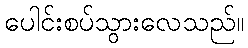
ပေါင်းစပ်သွားလေသည်။